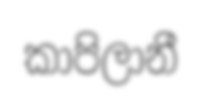
කාපිලානී